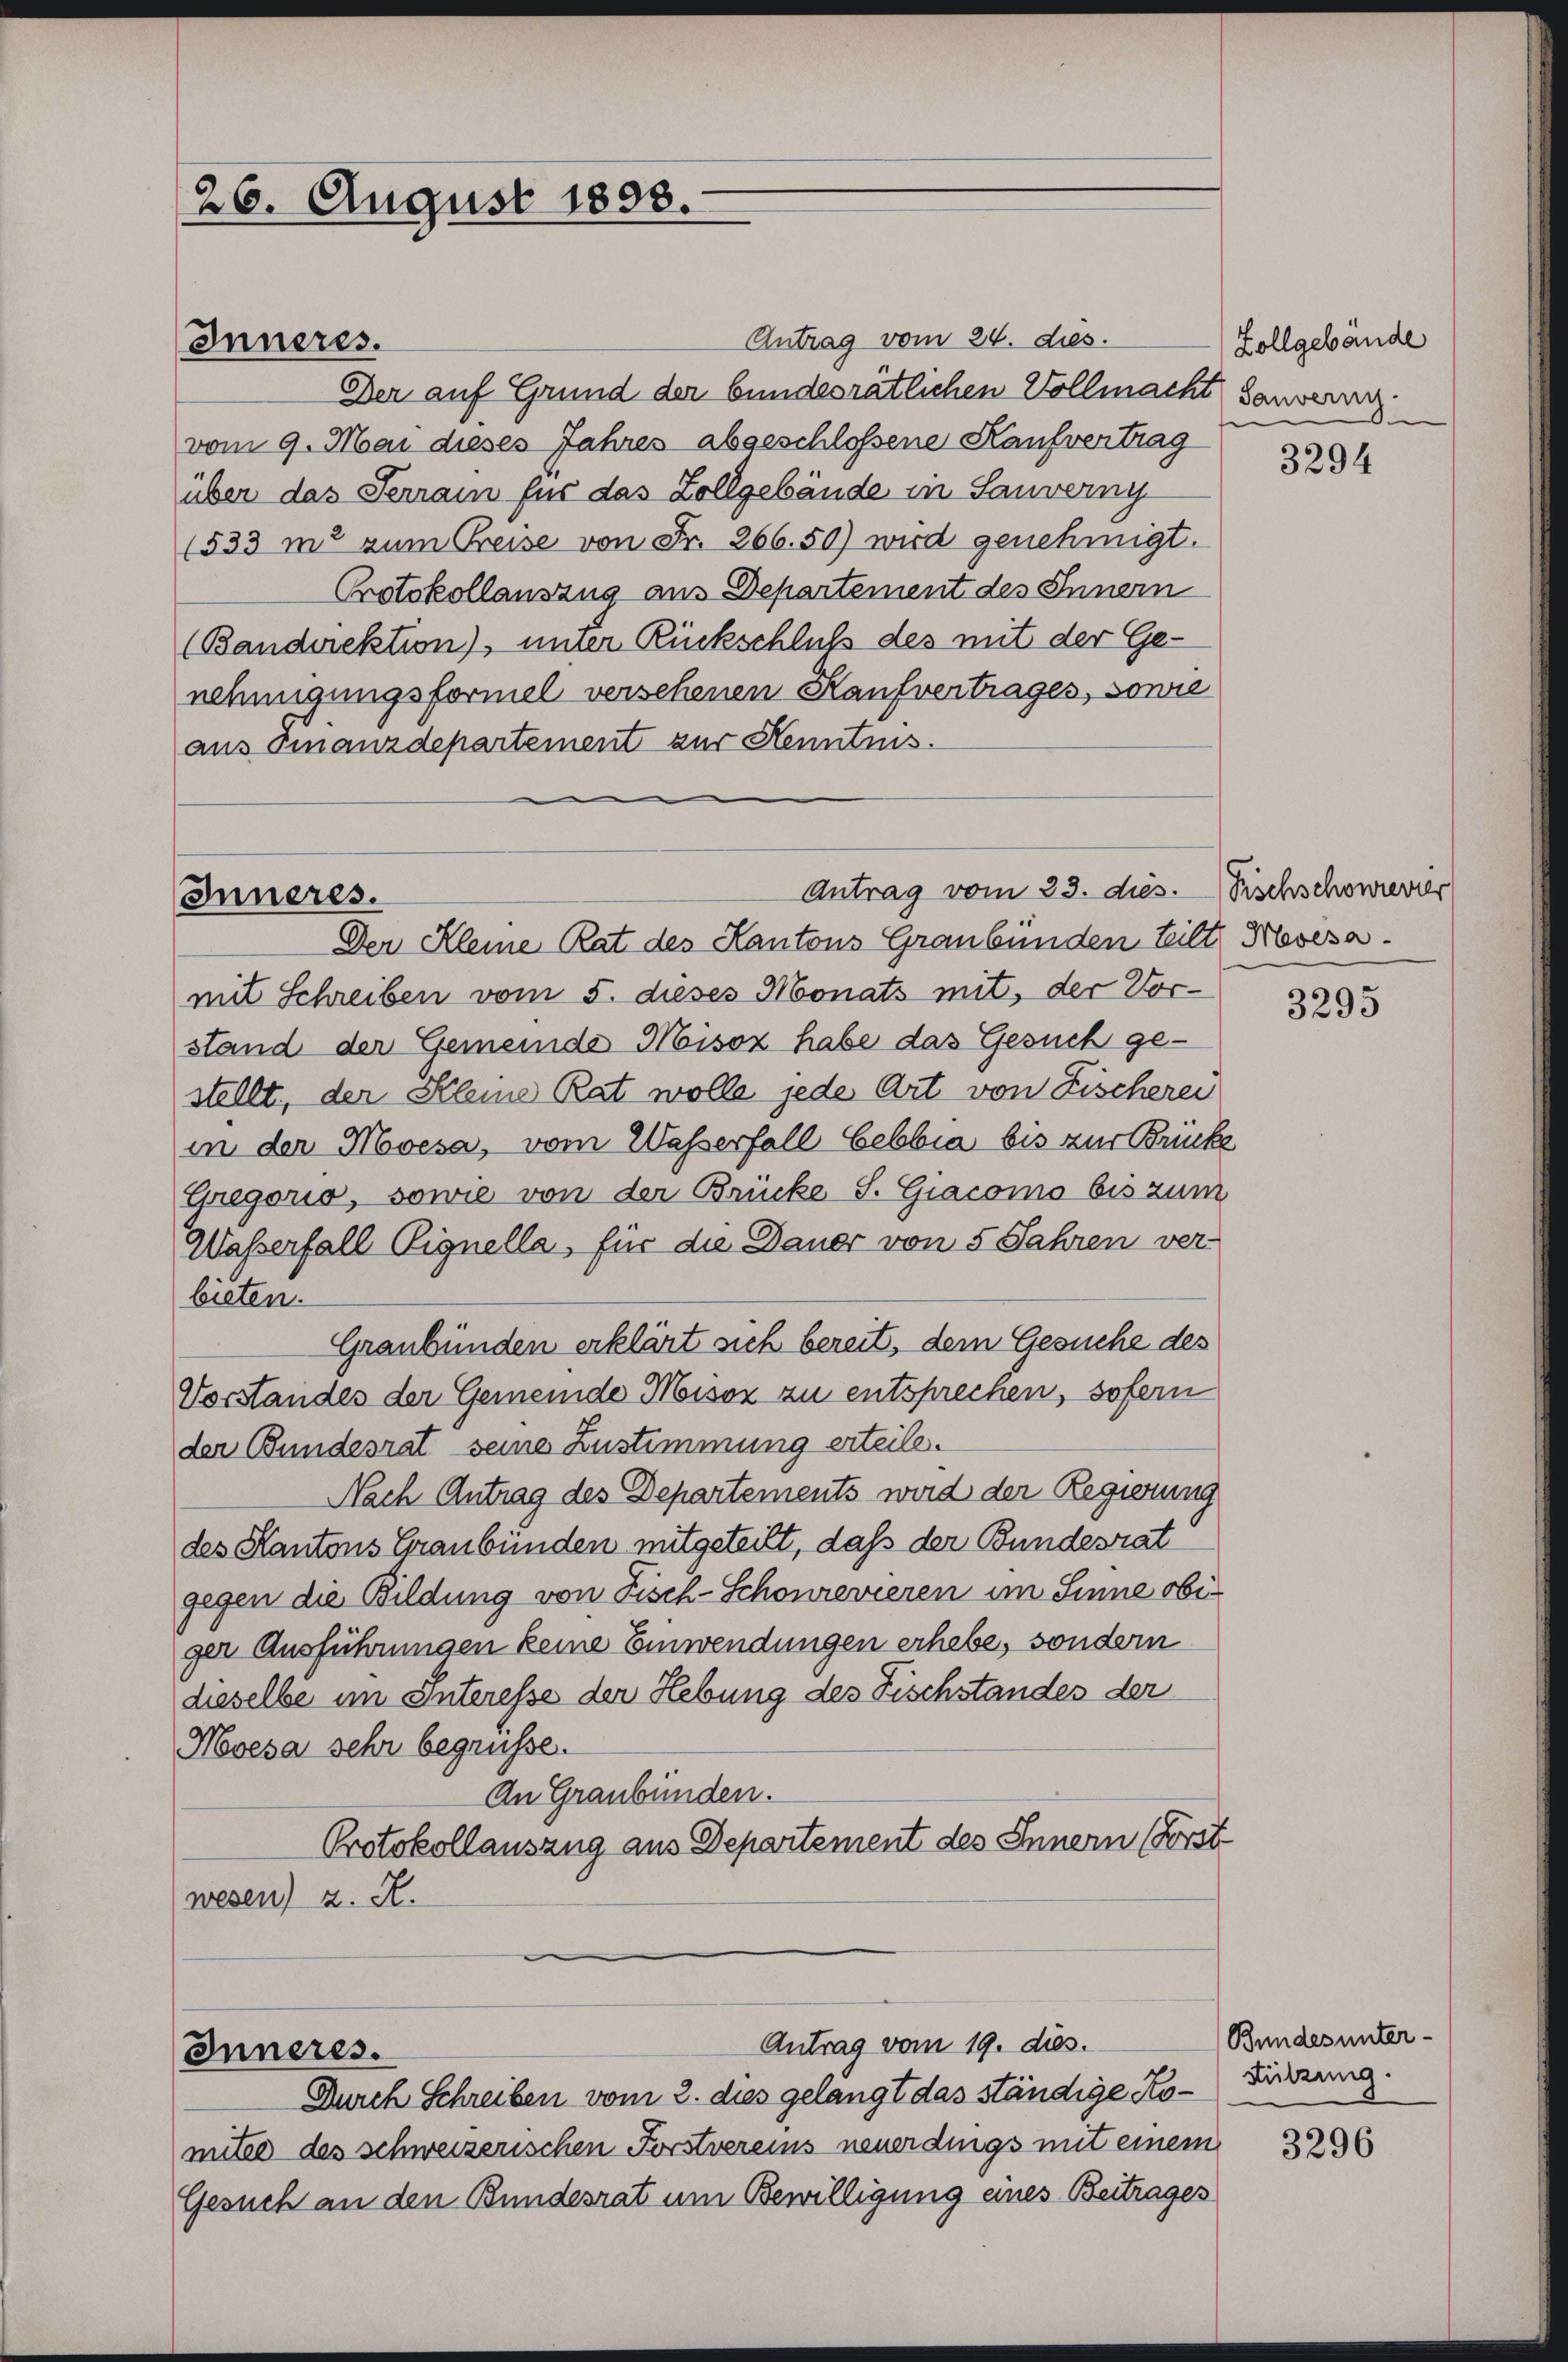
26. August 1898.

Antrag vom 24. dies
Der auf Grund der bundesrätlichen Vollmacht sauvern
vom 9. Mai dieses Jahres abgeschlossene Kaufvertrag
über das Terrain für das Zollgebäude in Sauverny
(533 m2 zum Preise von Fr. 266.50) wird genehmigt.
Protokollauszug aus Departement des Innern
(Bandirektion), unter Rückschluß des mit der Ge-
nehmigungsformel versehenen Kaufvertrages, sowie
aus Finanzdepartement zur Kenntnis.

Inneres.

Antrag vom 23. dies.
Inneres.
Der Kleine Rat des Kantons Graubünden teilt, Mosesa.

mit Schreiben vom 5. dieses Monats mit, der Vorstand der Gemeinde Misox habe das Gesuch gestellt, der Kleine Rat wolle jede Art von Fischerei
in der Moesa, vom Wasserfall bebbia bis zur Brücke
Gregorio, sowie von der Brücke S. Giacomo bis zum
Wasserfall Vignella, für die Dauer von 5 Jahren ver-
bieten.
Graubünden erklärt sich bereit, dem Gesuche des
Vorstandes der Gemeinde Mison zu entsprechen, sofern
der Bundesrat seine Zustimmung erteile.
Nach Antrag des Departements wird der Regierung
des Kantons Graubünden mitgeteilt, daß der Bundesrat
gegen die Bildung von Fisch-Schönrevieren im Sinne obiger Ausführungen keine Einwendungen erhebe, sondern
dieselbe im Interesse der Hebung des Fischstandes der
Moesa sehr begrüsse.
An Graubünden.
Protokollauszug aus Departement des Innern (Forst
wesen) u. A.

Antrag vom 19. dies.
Inneres.
Durch Schreiben vom 2. dies gelangt das ständige Ko- Fritzung.

mitee des schweizerischen Forstvereins neuerdings mit einem
Gesuch an den Bundesrat um Bewilligung eines Beitrages

Zollgebäude

3294

Fischschowrevier

3295

Bundes unter-

3296